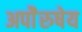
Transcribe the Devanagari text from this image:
अपाेेैरुषेय